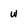
Character: w